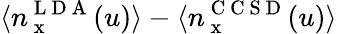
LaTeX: \langle n_{\mathrm{~x~}}^{\mathrm{~L~D~A~}}(u)\rangle-\langle n_{\mathrm{~x~}}^{\mathrm{~C~C~S~D~}}(u)\rangle